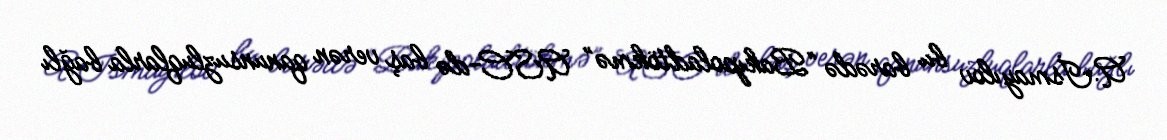
A.İsmayılov bu barədə “Bakıpoladtökmə” ASC-də baş verən qanunsuzluqlarla bağlı